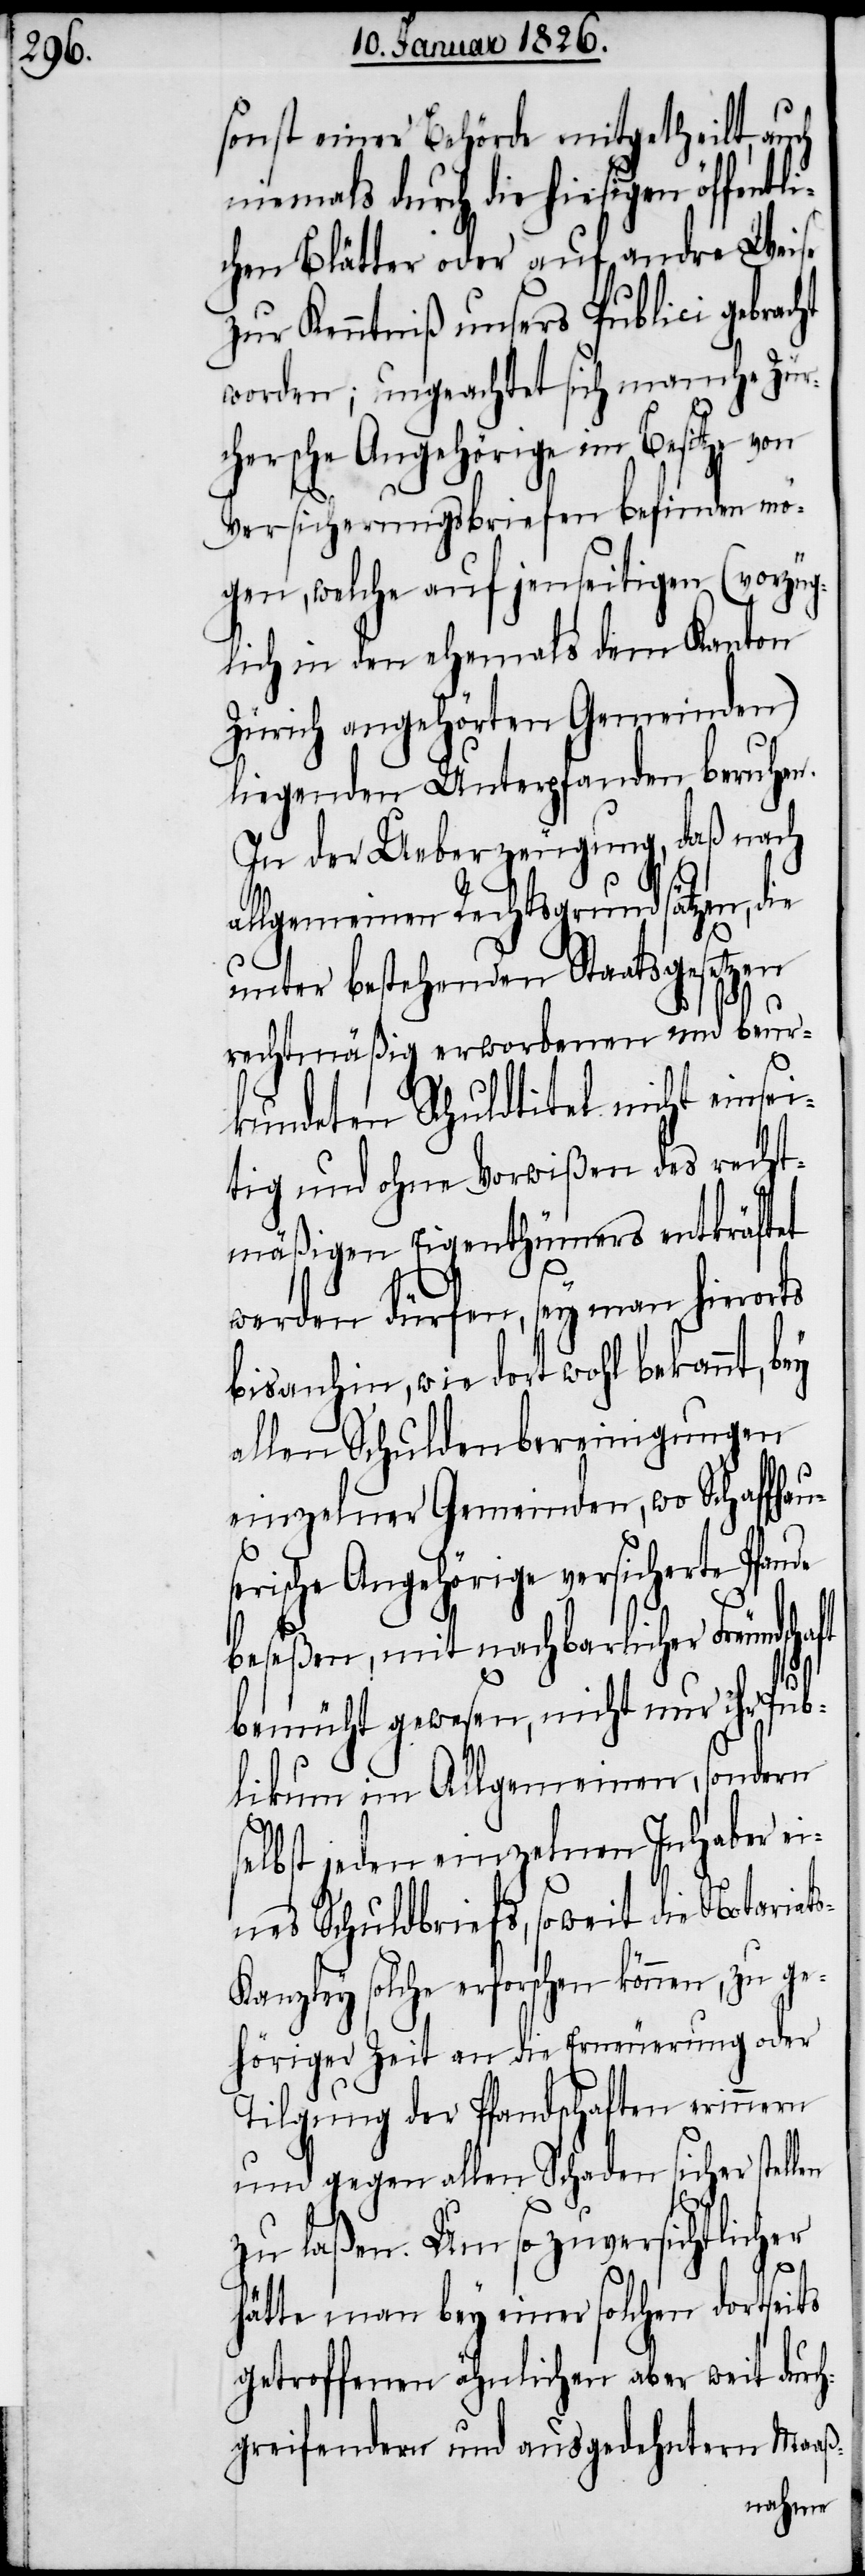
sonst einer Behörde mitgetheilt, auch
niemals durch die hiesigen öffentl¬
ichen Blätter oder auf andre Weise
zur Kenntniß unsers Publici gebrac¬
worden; ungeachtet sich manche Zür¬
chersche Angehörige im Besitze von
Versicherungsbriefen befinden mö¬
gen, welche auf jenseitigen (vorzüg¬
lich in den ehemals dem Kanton
Zürich angehörten Gemeinden)
liegenden Unterpfanden beruhen.
In der Ueberzeugung, daß nach
llgemeinen Rechtsgrundsätzen,
unter bestehenden Staatsgesetzen
rechtmäßig erworbenen und beur¬
kundeten Schuldtitel nicht einsei¬
tig und ohne Vorwißen des recht¬
mäßigen Eigenthümers entkräftet
werden dürfen, sey man hierorts
bisanhin, wie dort wohl bekannt, bey
allen Schuldenbereinigungen
einzelner Gemeinden, wo Schaffhau¬
ische Angehörige versicherte Pfan¬
beseßen, mit nachbarlicher Freundscha¬
bemüht gewesen, nicht nur ihr Pub¬
likum im Allgemeinen, sondern
elbst jeden einzelnen Inhaber e¬
ines Schuldbriefs, soweit die Notariat¬
anzley solche erforschen können, zu ge¬
höriger Zeit an die Erneuerung oder
Tilgung der Pfandschaften erinnern
und gegen allen Schaden sicherstellen
zu laßen. Um so zuversichtlicher
s-K¬
hätte man bey einer solchen dortseits
getroffenen ähnlichen aber weit durc¬
hgreifendern und ausgedehntern Maaß-